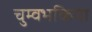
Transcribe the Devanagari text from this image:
चुम्वभकिया